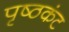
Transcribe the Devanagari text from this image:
पृष्ठकंट